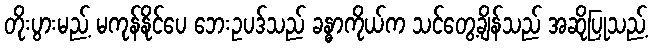
တိုးပွားမည့် မကုန်နိုင်ပေ ဘေးဥပဒ်သည် ခန္ဓာကိုယ်က သင်တွေ့ချိန်သည် အဆိုပြုသည့်